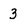
Character: 3